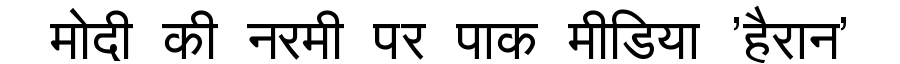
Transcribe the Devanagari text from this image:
मोदी की नरमी पर पाक मीडिया 'हैरान'